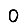
Digit: 0